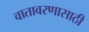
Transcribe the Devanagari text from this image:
वातावरणासाठी